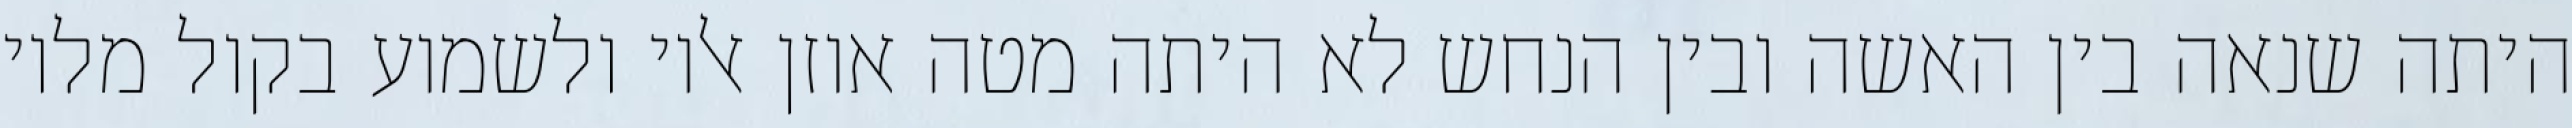
היתה שנאה בין האשה ובין הנחש לא היתה מטה אוזן אליו ולשמוע בקול מליו